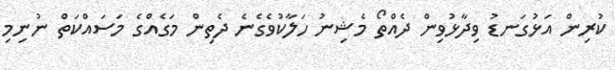
ކުރިން އަޅުގަނޑު ވިދާޅުވިން ދެއްތޯ މެޝިނު ހަލާކުވެގެނެ ދެތިން މަގެއްގެ މަސައްކަތް ނުނިމި